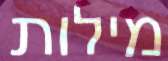
מילות